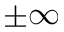
\pm \infty